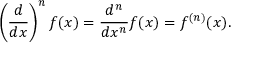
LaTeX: \left( { \frac { d } { d x } } \right) ^ { n } f ( x ) = { \frac { d ^ { n } } { d x ^ { n } } } f ( x ) = f ^ { ( n ) } ( x ) .